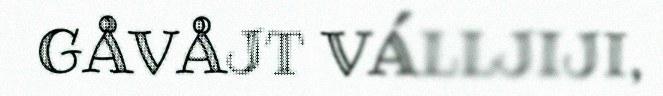
GÅVÅJT VÁLLJIJI,